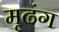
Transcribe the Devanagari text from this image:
मृढंग